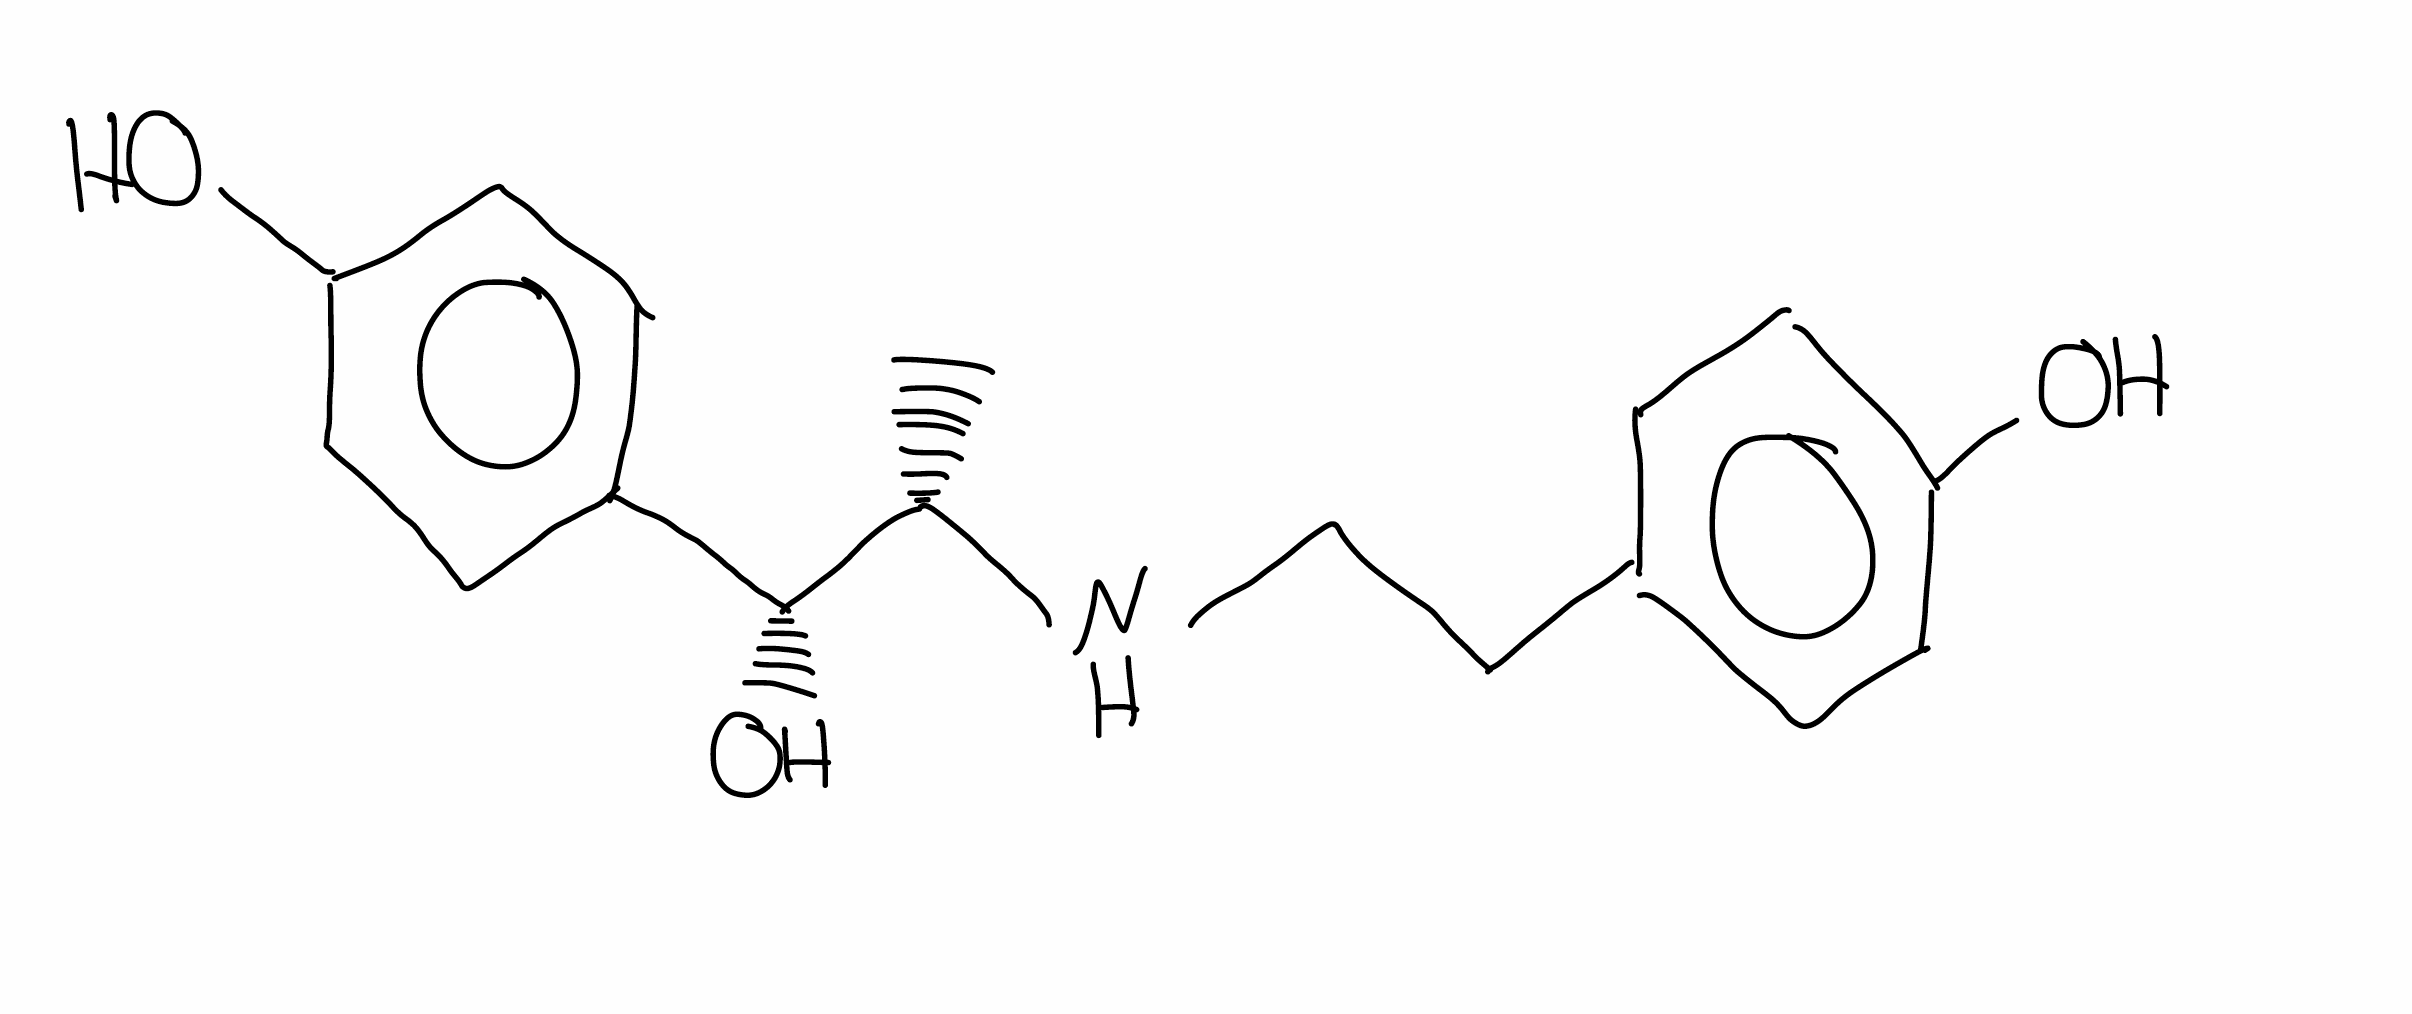
Simplified molecular-input line-entry system (SMILES) notation of the given molecule:
C[C@@H]([C@@H](C1=CC=C(C=C1)O)O)NCCC2=CC=C(C=C2)O